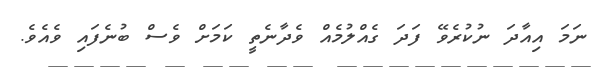
ނަމަ އިއާދަ ނުކުރެވޭ ފަދަ ގެއްލުމެއް ވެދާނެތީ ކަމަށް ވެސް ބުނެފައި ވެއެވެ.